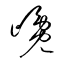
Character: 巉